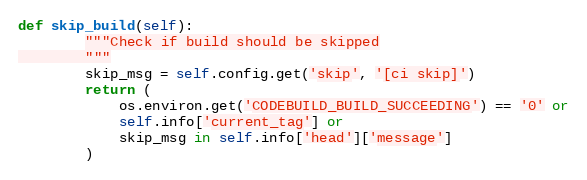
Language: Python
def skip_build(self):
        """Check if build should be skipped
        """
        skip_msg = self.config.get('skip', '[ci skip]')
        return (
            os.environ.get('CODEBUILD_BUILD_SUCCEEDING') == '0' or
            self.info['current_tag'] or
            skip_msg in self.info['head']['message']
        )